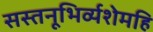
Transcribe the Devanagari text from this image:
सस्तनूभिर्व्यशेमहि